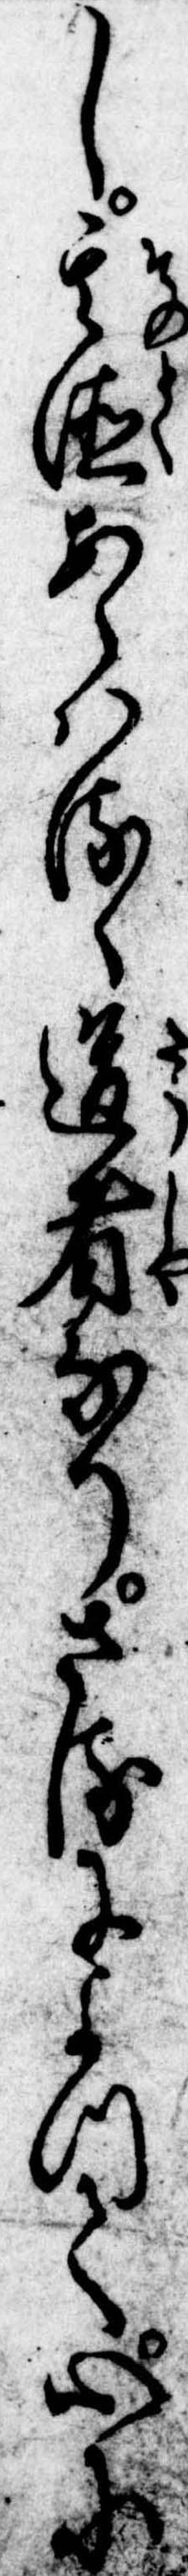
し其徳あらはるゝ道者なりさるによつて心に